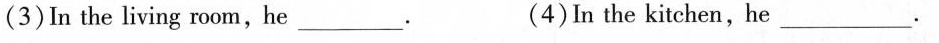
In the living room，he___. （4）In the kitchen，he___.